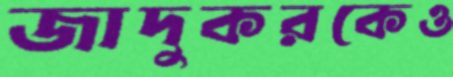
জাদুকরকেও